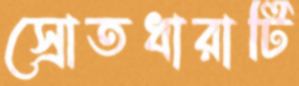
স্রোতধারাটি